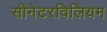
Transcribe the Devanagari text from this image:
सीनेटरविलियम